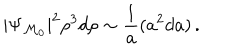
| \Psi _ { { \cal M } _ { 0 } } | ^ { 2 } \rho ^ { 3 } d \rho \sim { \frac { 1 } { a } } ( a ^ { 2 } d a ) \, .